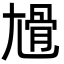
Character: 尳